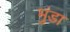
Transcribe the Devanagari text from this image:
भुंडा